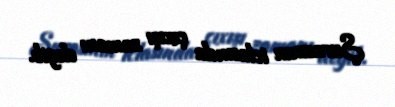
Şurasının iclasında çıxışı zamanı deyib.